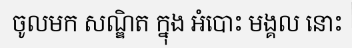
ចូលមក សណ្ឌិត ក្នុង អំបោះ មង្គល នោះ